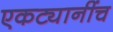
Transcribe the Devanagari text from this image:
एकट्यानींच